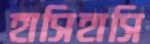
হাসিহাসি